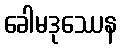
ခေါမဒုဿေန